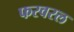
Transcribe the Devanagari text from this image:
फरवरल